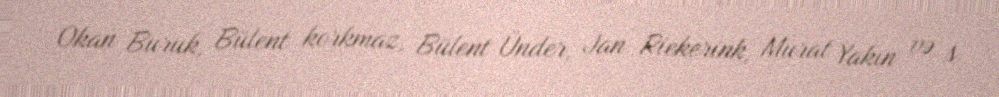
Okan Buruk, Bülent korkmaz, Bülent Ünder, Jan Riekerink, Murat Yakın və s.